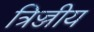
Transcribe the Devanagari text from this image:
त्रिज्जीय